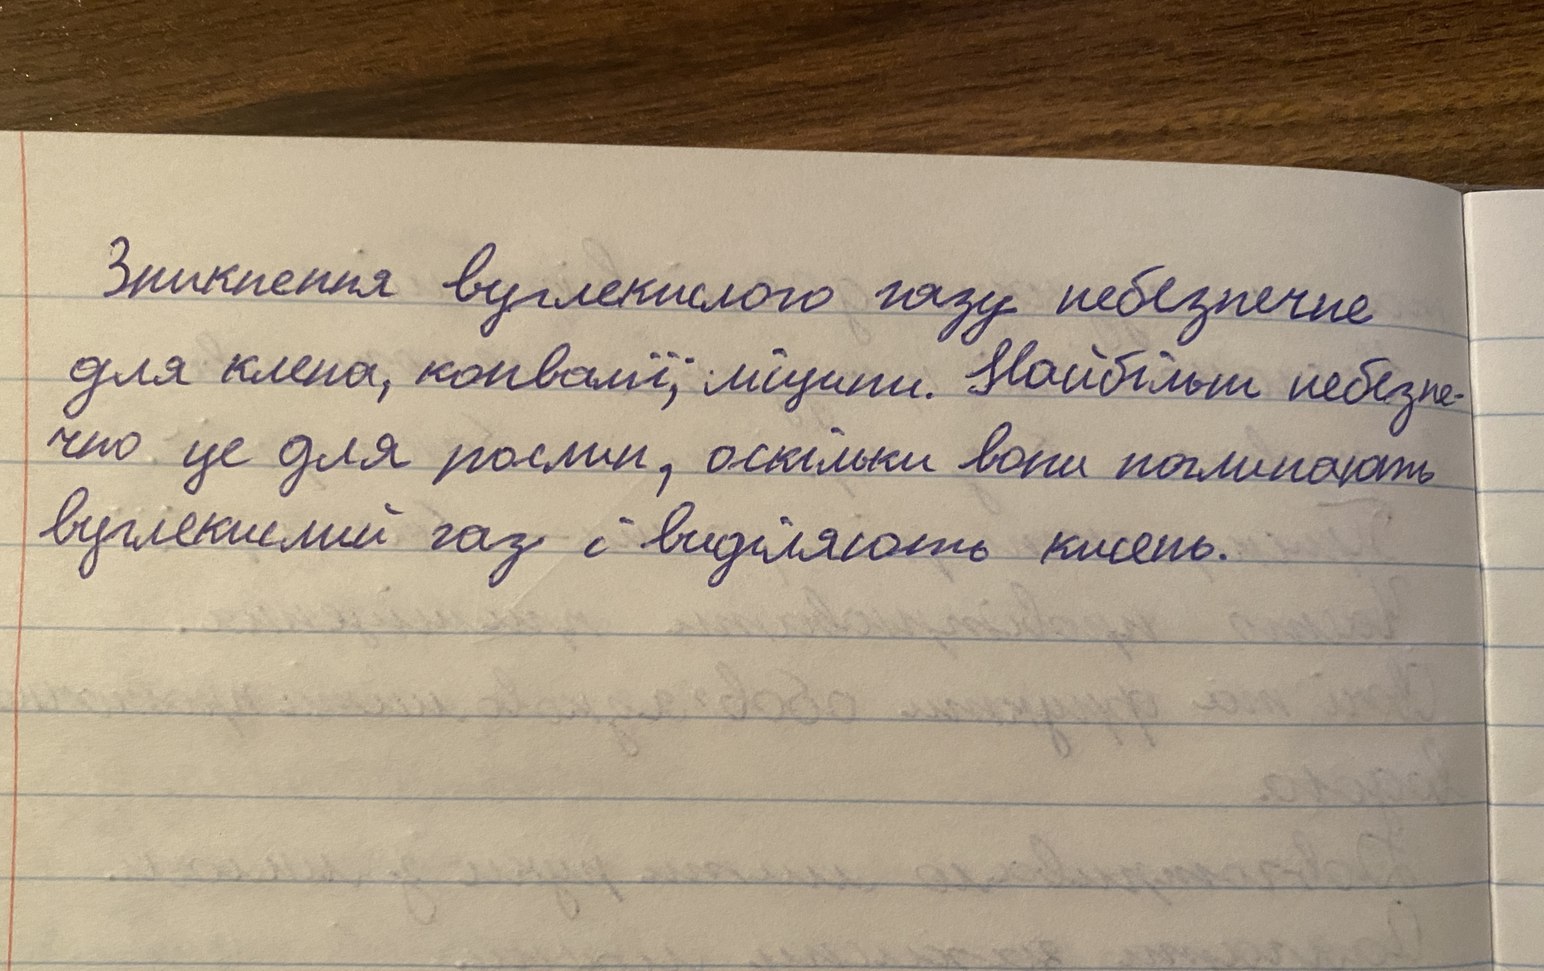
Зникнення вуглекислого газу небезпечне
для клена, конвалії, ліщини. Найбільш небезпе-
чно це для рослин, оскільки вони поглинають
вуглекислий газ і виділяють кисень.